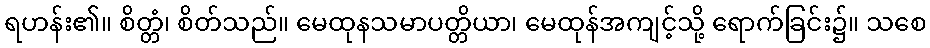
ရဟန်း၏။ စိတ္တံ၊ စိတ်သည်။ မေထုနသမာပတ္တိယာ၊ မေထုန်အကျင့်သို့ ရောက်ခြင်း၌။ သစေ